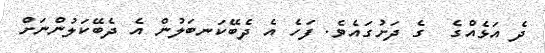
ދެ އަޅެއްގެ  ގެ ދަށުގައެވެ. ފަހެ އެ ދެބޭކަނބަލުން އެ ދެބޭކަލުންނަށް